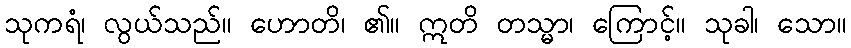
သုကရံ၊ လွယ်သည်။ ဟောတိ၊ ၏။ ဣတိ တသ္မာ၊ ကြောင့်။ သုခါ၊ သော။